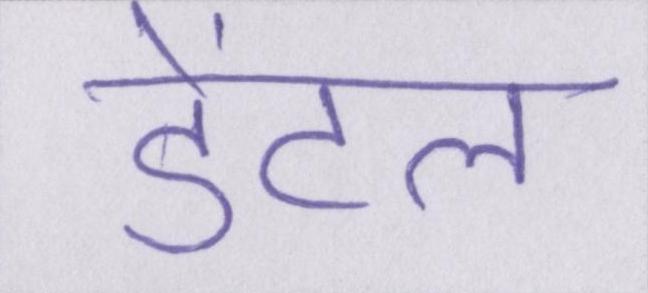
डेंटल